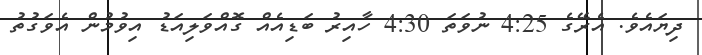
ދިޔައެވެ. އެރޭގެ 4:25 ނުވަތަ 4:30 ހާއިރު ބަޑިއެއް ގޮއްވަލިއަޑު އިވުމުން އެވަގުތު